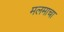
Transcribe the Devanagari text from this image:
मलमाचा